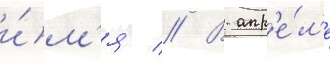
и́м'я // В апр'е́л'е